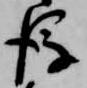
後